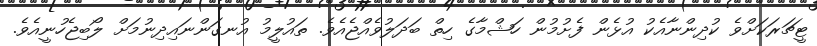
ޓީޗަރަކަށްވެ ކުދިންނާއެކު އުޅެން ފެށުމުން ހަޝްމާގެ ހިތް ބަދަލުވެއްޖެއެވެ. ތައުލީމު އުނގަންނައިދިނުމަށް ލޯބިޖެހުނީއެވެ.